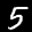
Label: 5